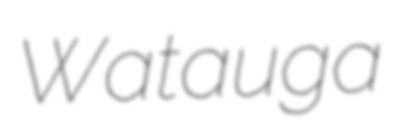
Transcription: Watauga